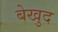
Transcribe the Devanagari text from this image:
बेखुद